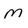
Character: M